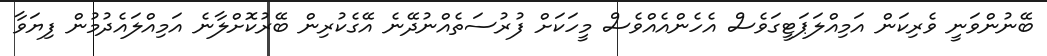
ބޭނުންވަނީ ވެރިކަން އަމިއްލަޕަޓީގަވެސް އެހެންއެއްވެސް މީހަކަށް ފުރުސަތެއްނުދޭނެ އޭގެކުރިން ބޭރުކޮށްލާނެ އަމިއްލައެދުމުން ފިޔަވާ